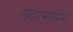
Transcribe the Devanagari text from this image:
सदात्मरूपम्